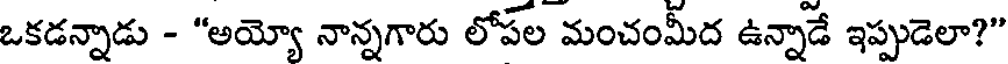
ఒకడన్నాడు - "అయ్యో నాన్నగారు లోపల మంచంమీద ఉన్నాడే ఇప్పుడెలా?"